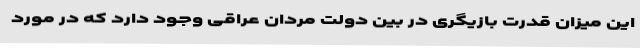
این میزان قدرت بازیگری در بین دولت مردان عراقی وجود دارد که در مورد